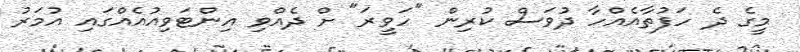
މީގެ ދެ ހަފުތާއެއްހާ ދުވަސް ކުރިން "ހަވީރަ" ށް ދެއްވި އިންޓަވިއުއެއްގައި އުމަރު